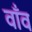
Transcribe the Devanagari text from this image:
वाँव